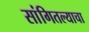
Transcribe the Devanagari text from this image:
सांगितल्याचा